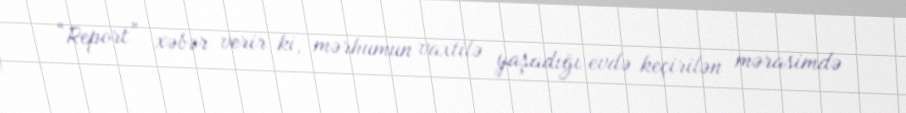
“Report” xəbər verir ki, mərhumun vaxtilə yaşadığı evdə keçirilən mərasimdə